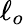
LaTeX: \ell_{o}